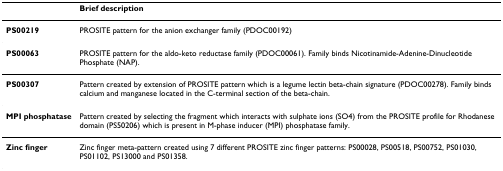
<table><thead><tr><td></td><td><b>Brief description</b></td></tr></thead><tbody><tr><td><b>PS00219</b></td><td>PROSITE pattern for the anion exchanger family (PDOC00192)</td></tr><tr><td><b>PS00063</b></td><td>PROSITE pattern for the aldo-keto reductase family (PDOC00061). Family binds Nicotinamide-Adenine-Dinucleotide Phosphate (NAP).</td></tr><tr><td><b>PS00307</b></td><td>Pattern created by extension of PROSITE pattern which is a legume lectin beta-chain signature (PDOC00278). Family binds calcium and manganese located in the C-terminal section of the beta-chain.</td></tr><tr><td><b>MPI phosphatase</b></td><td>Pattern created by selecting the fragment which interacts with sulphate ions (SO4) from the PROSITE profile for Rhodanese domain (PS50206) which is present in M-phase inducer (MPI) phosphatase family.</td></tr><tr><td><b>Zinc finger</b></td><td>Zinc finger meta-pattern created using 7 different PROSITE zinc finger patterns: PS00028, PS00518, PS00752, PS01030, PS01102, PS13000 and PS01358.</td></tr></tbody></table>